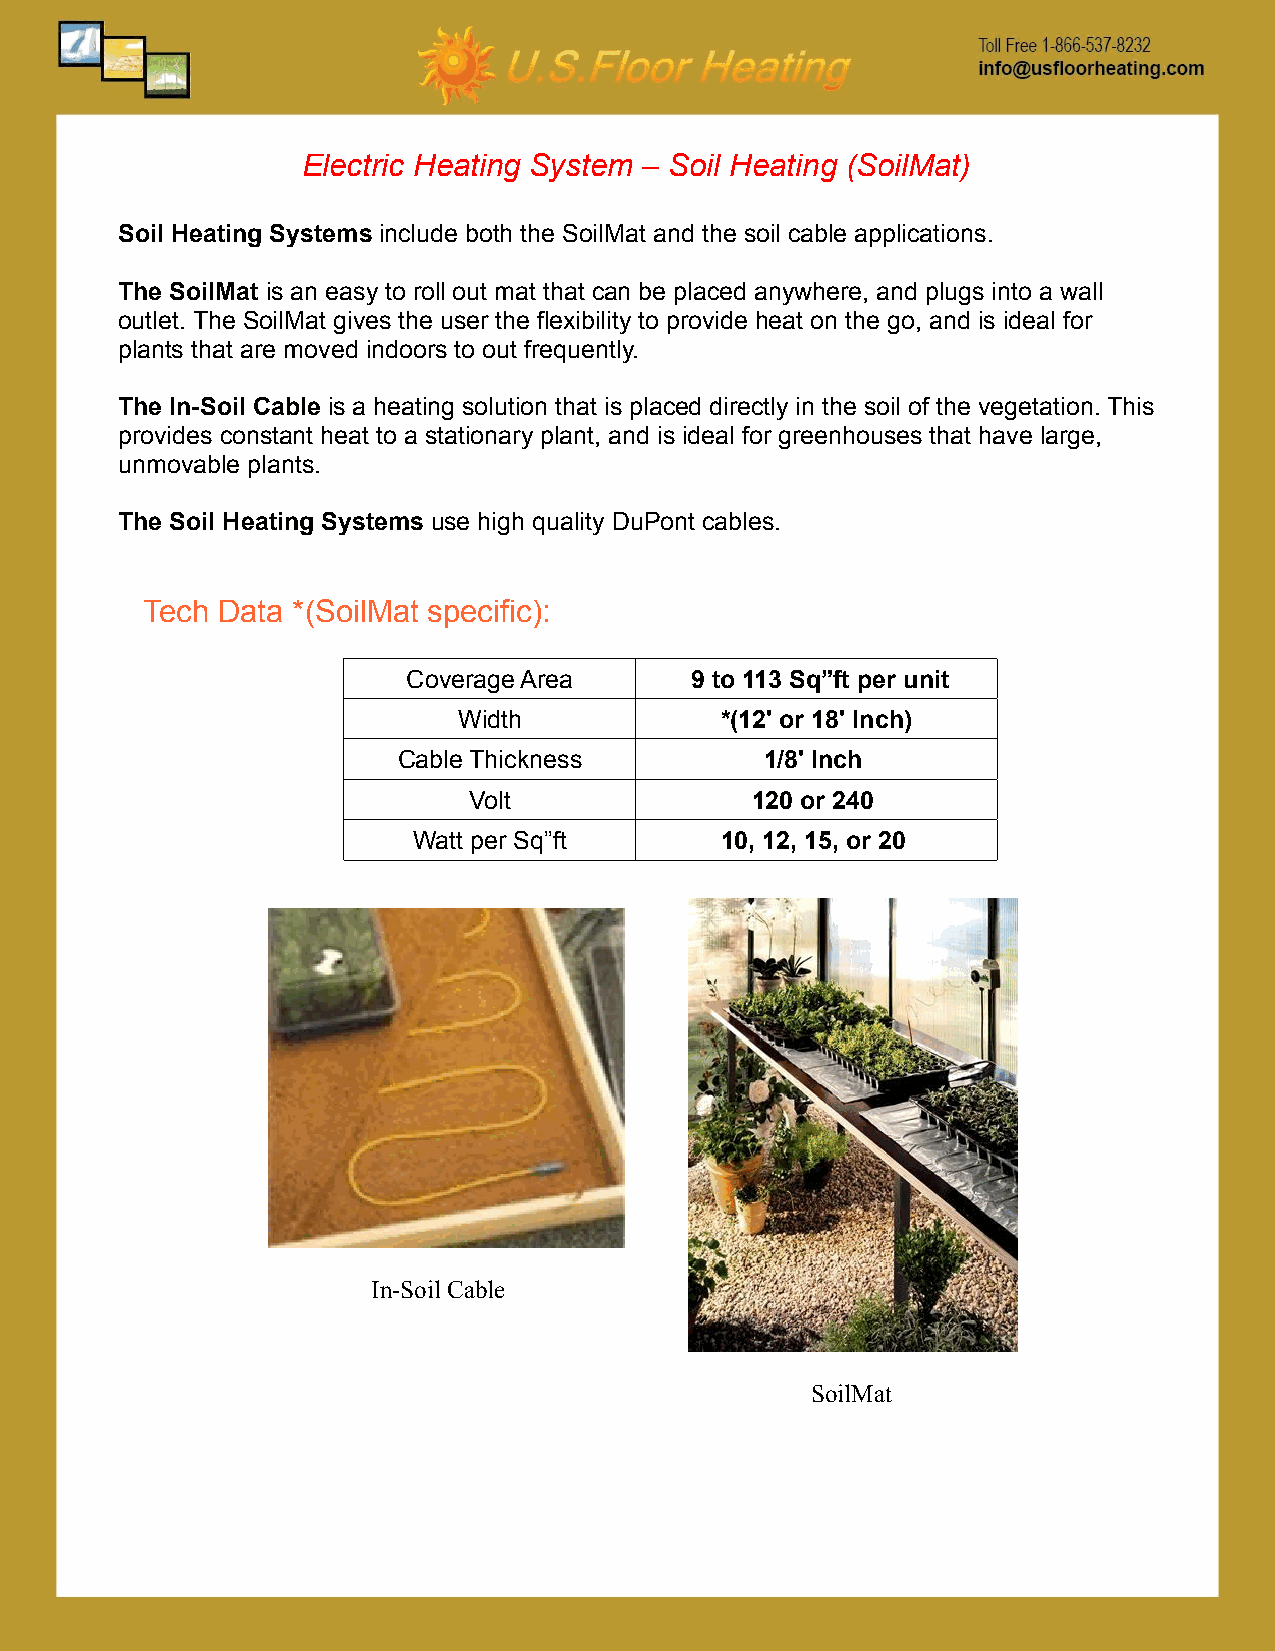
Electric Heating System – Soil Heating (SoilMat)
 Soil Heating Systems include both the SoilMat and the soil cable applications.
 The SoilMat is an easy to roll out mat that can be placed anywhere, and plugs into a wall
 outlet. The SoilMat gives the user the flexibility to provide heat on the go, and is ideal for
 plants that are moved indoors to out frequently.
 The In-Soil Cable is a heating solution that is placed directly in the soil of the vegetation. This
 provides constant heat to a stationary plant, and is ideal for greenhouses that have large,
 unmovable plants.
 The Soil Heating Systems use high quality DuPont cables.
 Tech Data *(SoilMat specific):
 Coverage Area      9 to 113 Sq”ft per unit
 Width             *(12' or 18' Inch)
 Cable Thickness          1/8' Inch
 Volt               120 or 240
 Watt per Sq”ft       10, 12, 15, or 20
 In-Soil Cable
 SoilMat